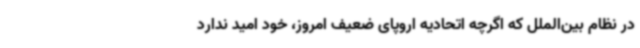
در نظام بین‌الملل که اگرچه اتحادیه اروپای ضعیف امروز، خود امید ندارد